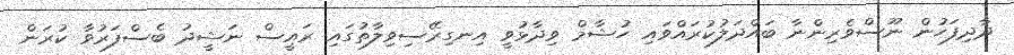
ދާދިފަހުން ނޫސްވެރިންނާ ބައްދަލުކުރައްވައި ހުޝާމް ވިދާޅުވީ އިނގިރޭސިވިލާތުގައި ރައީސް ނަޝީދު ބެސްފަރުވާ ކުރަން